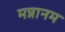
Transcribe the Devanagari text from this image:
मन्नानम